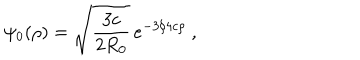
\psi _ { 0 } ( \rho ) = \sqrt \frac { 3 c } { 2 R _ { 0 } } \, e ^ { - { 3 } / { 4 } c \rho } \ ,